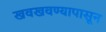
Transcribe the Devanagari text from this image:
खवखवण्यापासून